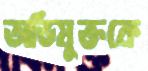
অভিযুক্তকে